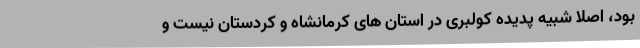
بود، اصلا شبیه پدیده کولبری در استان های کرمانشاه و کردستان نیست و